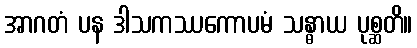
အာဂတံ ပန ဒါသကဿကောပမံ သန္ဓာယ ပုစ္ဆတိ။